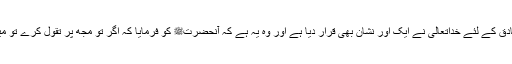
آپؑ فرماتے ہیں کہ: ’’صادق کے لئے خداتعالیٰ نے ایک اور نشان بھی قرار دیا ہے اور وہ یہ ہے کہ آنحضرتﷺ کو فرمایا کہ اگر تُو مجھ پر تَقَوَّلَ کرے تو مَیں تیرا داہنا ہاتھ پکڑ لوں۔